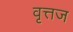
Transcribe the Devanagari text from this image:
वृत्तज